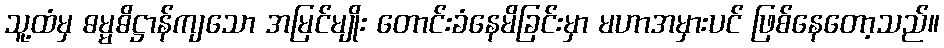
သူ့ထံမှ ဓမ္မဓိဋ္ဌာန်ကျသော အမြင်မျိုး တောင်းခံနေမိခြင်းမှာ မဟာအမှားပင် ဖြစ်နေတော့သည်။